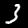
Digit: 3